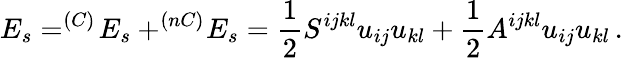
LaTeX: E_{s}=^{(C)}\! E_{s}+^{(nC)}\! E_{s}=\frac 12S^{ijkl}u_{ij}u_{kl}+\frac 12A^{ijkl}u_{ij}u_{kl}\, .